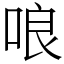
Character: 哴